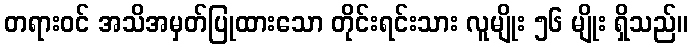
တရားဝင် အသိအမှတ်ပြုထားသော တိုင်းရင်းသား လူမျိုး ၅၆ မျိုး ရှိသည်။